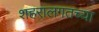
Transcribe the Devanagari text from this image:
शहरालगतच्या